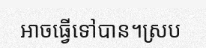
អាចធ្វើទៅបាន។ស្រប